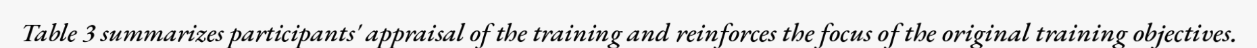
Table 3 summarizes participants' appraisal of the training and reinforces the focus of the original training objectives.